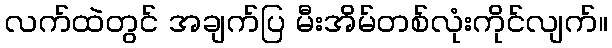
လက်ထဲတွင် အချက်ပြ မီးအိမ်တစ်လုံးကိုင်လျက်။